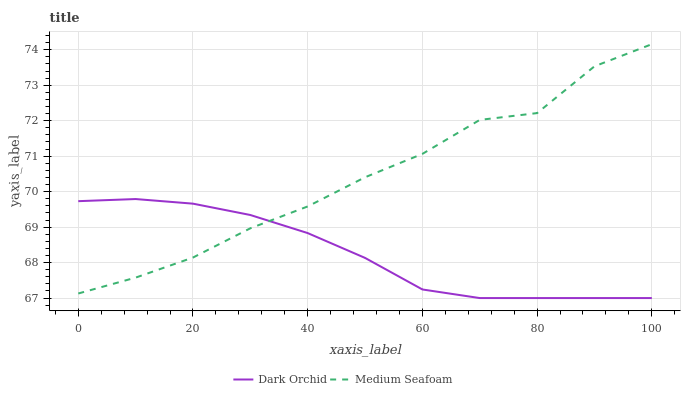
| xaxis_label | Dark Orchid | Medium Seafoam |
 | --- | --- | --- |
 | 0 | 69.7 | 67.1 |
 | 10 | 69.8 | 67.6 |
 | 20 | 69.7 | 68.1 |
 | 30 | 69.3 | 69 |
 | 40 | 68.8 | 69.6 |
 | 50 | 68.1 | 70.4 |
 | 60 | 67.2 | 71.1 |
 | 70 | 67 | 72 |
 | 80 | 67 | 72.2 |
 | 90 | 67 | 73.5 |
 | 100 | 67 | 74.2 |